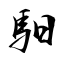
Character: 馹